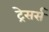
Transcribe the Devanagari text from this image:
ट्रेसर्स